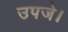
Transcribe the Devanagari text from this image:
उपजे।